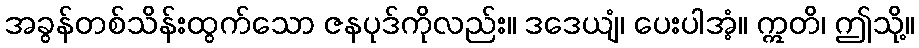
အခွန်တစ်သိန်းထွက်သော ဇနပုဒ်ကိုလည်း။ ဒဒေယျံ၊ ပေးပါအံ့။ ဣတိ၊ ဤသို့။